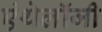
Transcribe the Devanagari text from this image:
एंथेलॉजी